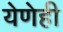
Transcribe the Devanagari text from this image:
येणेही